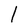
Character: l